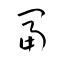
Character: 冨